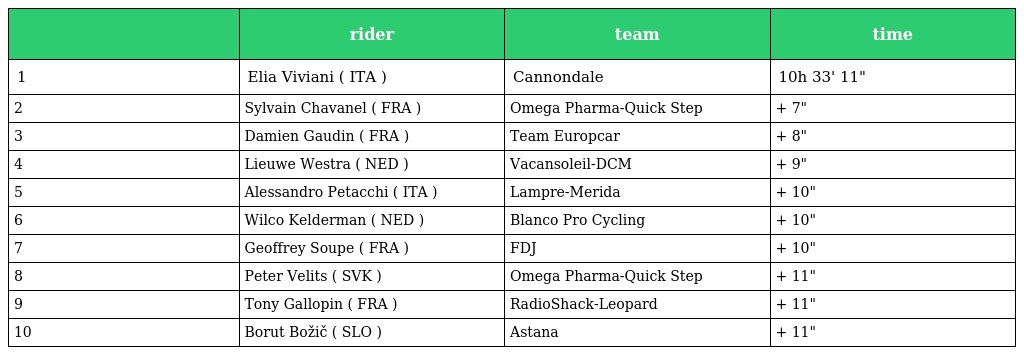
|  | rider | team | time |
 | --- | --- | --- | --- |
 | 1 | Elia Viviani ( ITA ) | Cannondale | 10h 33' 11" |
 | 2 | Sylvain Chavanel ( FRA ) | Omega Pharma-Quick Step | + 7" |
 | 3 | Damien Gaudin ( FRA ) | Team Europcar | + 8" |
 | 4 | Lieuwe Westra ( NED ) | Vacansoleil-DCM | + 9" |
 | 5 | Alessandro Petacchi ( ITA ) | Lampre-Merida | + 10" |
 | 6 | Wilco Kelderman ( NED ) | Blanco Pro Cycling | + 10" |
 | 7 | Geoffrey Soupe ( FRA ) | FDJ | + 10" |
 | 8 | Peter Velits ( SVK ) | Omega Pharma-Quick Step | + 11" |
 | 9 | Tony Gallopin ( FRA ) | RadioShack-Leopard | + 11" |
 | 10 | Borut Božič ( SLO ) | Astana | + 11" |